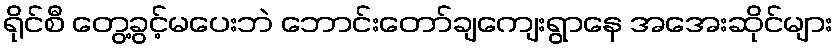
ရိုင်စီ တွေ့ခွင့်မပေးဘဲ ဘောင်းတော်ချကျေးရွာနေ အအေးဆိုင်များ